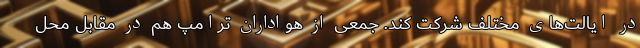
در ایالت‌های مختلف شرکت کند. جمعی از هواداران ترامپ هم در مقابل محل